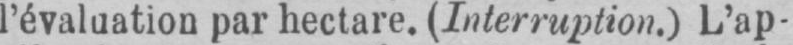
l’évaluation par hectare. (Interruption.) L’ap-